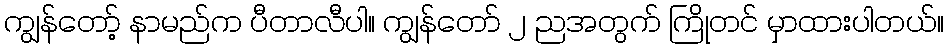
ကျွန်တော့် နာမည်က ပီတာလီပါ။ ကျွန်တော် ၂ ညအတွက် ကြိုတင် မှာထားပါတယ်။